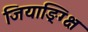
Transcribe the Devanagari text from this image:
जियाङ्ग्क्षि